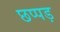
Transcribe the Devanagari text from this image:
छप्पड़